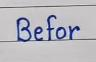
Befor